Report of the Municipal Commissioner on the plague in Bombay for the year ending 31st May... - Volume 1
Disease focus: Plague
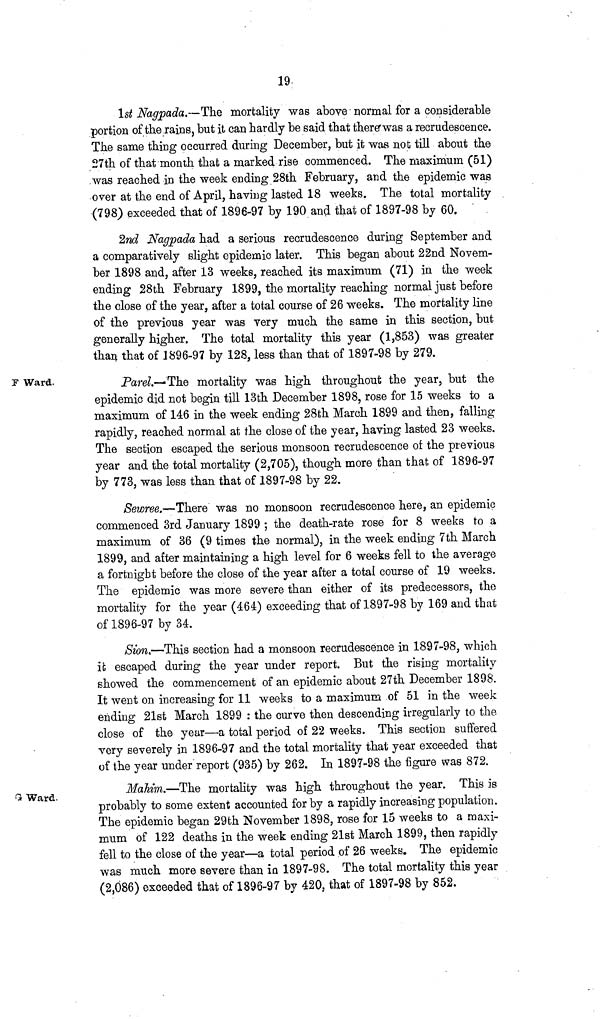
19
1st Nagpada.—The mortality was aboye normal for a considerable
portion of the rains, but it can hardly be said that there'was a recrudescence.
The same thing occurred during December, but it was not till about the
27th of that month that a marked rise commenced. The maximum (51)
was reached in the week ending 28th February, and the epidemic was
over at the end of April, having lasted 18 weeks. The total mortality
(798) exceeded that of 1896-97 by 190 and that of 1897-98 by 60.
2nd Nagpada had a serious recrudescence during September and
a comparatively slight epidemic later. This began about 22nd Novem-
ber 1898 and, after 13 weeks, reached its maximum (71) in the week
ending 28th February 1899, the mortality reaching normal just before
the close of the year, after a total course of 26 weeks. The mortality line
of the previous year was very much the same in this section, but
generally higher. The total mortality this year (1,853) was greater
than that of 1896-97 by 128, less than that of 1897-98 by 279.
F Ward.
Parel.—The mortality was high throughout the year, but the
epidemic did not begin till 13th December 1898, rose for 15 weeks to a
maximum of 146 in the week ending 28th March 1899 and then, falling
rapidly, reached normal at the close of the year, having lasted 23 weeks.
The section escaped the serious monsoon recrudescence of the previous
year and the total mortality (2,705), though more than that of 1896-97
by 773, was less than that of 1897-98 by 22.
Sewree.—There was no monsoon recrudescence here, an epidemic
commenced 3rd January 1899 ; the death-rate rose for 8 weeks to a
maximum of 36 (9 times the normal), in the week ending 7th March
1899, and after maintaining a high level for 6 weeks fell to the average
a fortnight before the close of the year after a total course of 19 weeks.
The epidemic was more severe than either of its predecessors, the
mortality for the year (464) exceeding that of 1897-98 by 169 and that
of 1896-97 by 34.
Sion.—This section had a monsoon recrudescence in 1897-98, which
ifc escaped during the year under report. But the rising mortality
showed the commencement of an epidemic about 27th December 1898.
It went on increasing for 11 weeks to a maximum of 51 in the week
ending 21st March 1899 : the curve then descending irregularly to the
close of the year—a total period of 22 weeks. This section suffered
very severely in 1896-97 and the total mortality that year exceeded that
of the year under report (935) by 262. In 1897-98 the figure was 872.
S Ward.
Mahim.—The mortality was high throughout the year. This is
probably to some extent accounted for by a rapidly increasing population.
The epidemic began 29th November 1898, rose for 15 weeks to a maxi-
mum of 122 deaths in the week ending 21st March 1899, then rapidly
fell to the close of the year—a total period of 26 weeks. The epidemic
was much more severe than in 1897-98. The total mortality this year
(2,086) exceeded that of 1896-97 by 420, that of 1897-98 by 852.